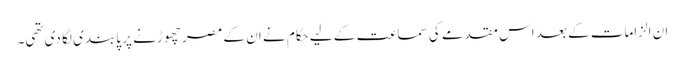
ان الزامات کے بعد اس مقدمے کی سماعت کے لیے حکام نے ان کے مصر چھوڑنے پر پابندی لگا دی تھی۔